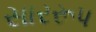
સારરૂપ